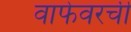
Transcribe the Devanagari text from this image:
वाफेवरची